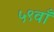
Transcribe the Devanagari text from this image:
५९वाँ